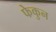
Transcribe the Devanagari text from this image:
फेकुन